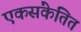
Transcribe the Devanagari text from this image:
एकसंकेतित